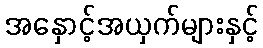
အနှောင့်အယှက်များနှင့်